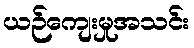
ယဉ်ကျေးမှုအသင်း